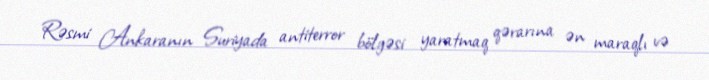
Rəsmi Ankaranın Suriyada antiterror bölgəsi yaratmaq qərarına ən maraqlı və